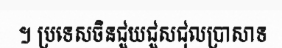
។ ប្រទេសចិនជួយជួសជុលប្រាសាទ